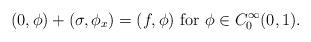
LaTeX: \begin{align*} (0,\phi)+(\sigma,\phi_x)=(f,\phi) \mbox{ for } \phi \in C^\infty_0(0,1).\end{align*}